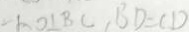
A O \bot B C , B D = C D